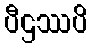
ပီဌဿပိ